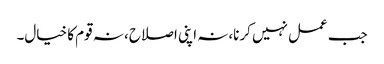
جب عمل نہیں کرنا،نہ اپنی اصلاح، نہ قوم کا خیال۔